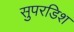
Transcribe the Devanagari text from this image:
सुपरडिश